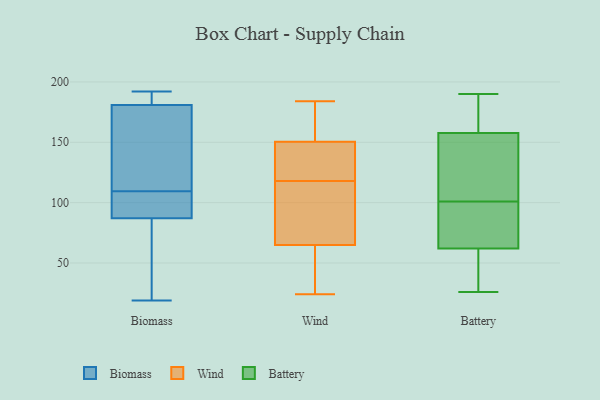
{"axis": {"x": "Budget (USD K)", "y": "Value"}, "legend": ["Battery", "Biomass", "Wind"], "data": [{"x": "", "y": 192, "type": "Biomass"}, {"x": "", "y": 192, "type": "Biomass"}, {"x": "", "y": 170, "type": "Biomass"}, {"x": "", "y": 28, "type": "Biomass"}, {"x": "", "y": 117, "type": "Biomass"}, {"x": "", "y": 183, "type": "Biomass"}, {"x": "", "y": 102, "type": "Biomass"}, {"x": "", "y": 87, "type": "Biomass"}, {"x": "", "y": 151, "type": "Biomass"}, {"x": "", "y": 99, "type": "Biomass"}, {"x": "", "y": 99, "type": "Biomass"}, {"x": "", "y": 190, "type": "Biomass"}, {"x": "", "y": 94, "type": "Biomass"}, {"x": "", "y": 63, "type": "Biomass"}, {"x": "", "y": 68, "type": "Biomass"}, {"x": "", "y": 19, "type": "Biomass"}, {"x": "", "y": 181, "type": "Biomass"}, {"x": "", "y": 175, "type": "Biomass"}, {"x": "", "y": 89, "type": "Wind"}, {"x": "", "y": 57, "type": "Wind"}, {"x": "", "y": 24, "type": "Wind"}, {"x": "", "y": 131, "type": "Wind"}, {"x": "", "y": 181, "type": "Wind"}, {"x": "", "y": 155, "type": "Wind"}, {"x": "", "y": 137, "type": "Wind"}, {"x": "", "y": 136, "type": "Wind"}, {"x": "", "y": 164, "type": "Wind"}, {"x": "", "y": 184, "type": "Wind"}, {"x": "", "y": 118, "type": "Wind"}, {"x": "", "y": 104, "type": "Wind"}, {"x": "", "y": 43, "type": "Wind"}, {"x": "", "y": 34, "type": "Wind"}, {"x": "", "y": 132, "type": "Wind"}, {"x": "", "y": 165, "type": "Wind"}, {"x": "", "y": 26, "type": "Wind"}, {"x": "", "y": 97, "type": "Wind"}, {"x": "", "y": 104, "type": "Wind"}, {"x": "", "y": 91, "type": "Battery"}, {"x": "", "y": 43, "type": "Battery"}, {"x": "", "y": 101, "type": "Battery"}, {"x": "", "y": 190, "type": "Battery"}, {"x": "", "y": 58, "type": "Battery"}, {"x": "", "y": 74, "type": "Battery"}, {"x": "", "y": 186, "type": "Battery"}, {"x": "", "y": 26, "type": "Battery"}, {"x": "", "y": 158, "type": "Battery"}, {"x": "", "y": 33, "type": "Battery"}, {"x": "", "y": 98, "type": "Battery"}, {"x": "", "y": 183, "type": "Battery"}, {"x": "", "y": 114, "type": "Battery"}, {"x": "", "y": 157, "type": "Battery"}, {"x": "", "y": 106, "type": "Battery"}]}